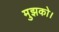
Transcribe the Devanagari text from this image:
मुझको।